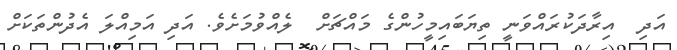
އަދި  އިރާދަކުރައްވަނީ ތިޔަބައިމީހުންގެ މައްޗަށް  ލެއްވުމަށެވެ. އަދި އަމިއްލަ އެދުންތަކަށް